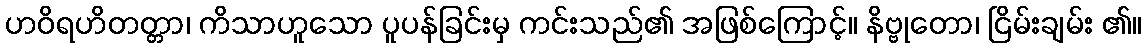
ဟဝိရဟိတတ္တာ၊ ကိသာဟူသော ပူပန်ခြင်းမှ ကင်းသည်၏ အဖြစ်ကြောင့်။ နိဗ္ဗုတော၊ ငြိမ်းချမ်း ၏။